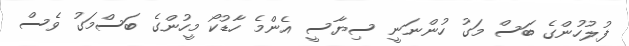
ފުލުހުންގެ ބަސް މަގު ހުންނަނީ ސިޔާސީ އެންމެ ހާޑުކޯ މީހުންގެ ބަސްމަގު ވެސް